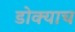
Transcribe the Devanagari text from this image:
डोक्याच